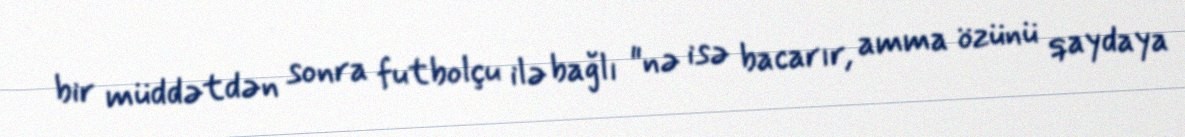
bir müddətdən sonra futbolçu ilə bağlı "nə isə bacarır, amma özünü qaydaya